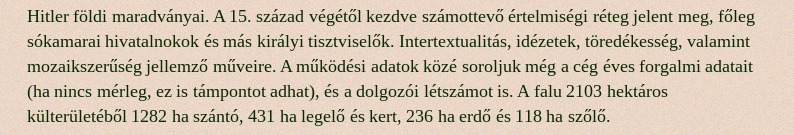
Hitler földi maradványai. A 15. század végétől kezdve számottevő értelmiségi réteg jelent meg, főleg sókamarai hivatalnokok és más királyi tisztviselők. Intertextualitás, idézetek, töredékesség, valamint mozaikszerűség jellemző műveire. A működési adatok közé soroljuk még a cég éves forgalmi adatait (ha nincs mérleg, ez is támpontot adhat), és a dolgozói létszámot is. A falu 2103 hektáros külterületéből 1282 ha szántó, 431 ha legelő és kert, 236 ha erdő és 118 ha szőlő.